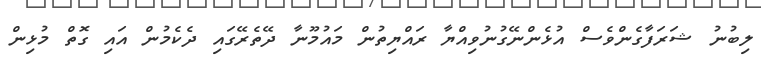
ލިބުނު ޝަރަފާގެންވެސް އުޅެންނޭގުނުވިއްޔާ ރައްޔިތުން މައުމޫނާ ދޭތެރޭގައި ދެކެމުން އައި ގޮތް މުޅިން